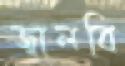
জ্বালবি